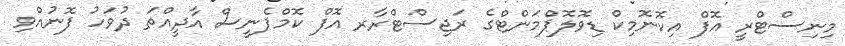
މިނިސްޓްރީ އޮފް އިކޮނޮމިކް ޑިވޮލޮޕްމަންޓްގެ ރަޖިސްޓްރާރ އޮފް ކޮމްޕެނީސް އާދީއްތަ ދުވަހު ފޮނުއްވި